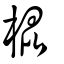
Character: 棍